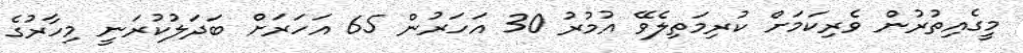
މީގެއިތުރުން ވެރިކަމަށް ކުރިމަތިލެވޭ އުމުރު 30 އަހަރުން 65 އަހަރަށް ބަދަލުކުރަނީ މިހާރުގެ